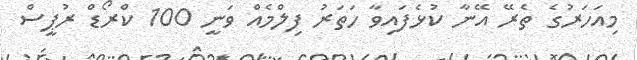
މިއަހަރުގެ ތެރޭ އޭނާ ކުޅެފައިވާ ހަތަރު ފިލްމެއް ވަނީ 100 ކްރޯޑް ރުޕީސް